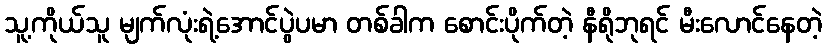
သူ့ကိုယ်သူ မျက်လုံးရဲ့အောင်ပွဲပမာ တစ်ခါက စောင်းပိုက်တဲ့ နီရိုဘုရင် မီးလောင်နေတဲ့